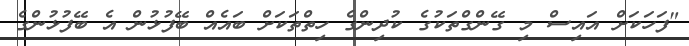
"ފަހަކަށް އައިސް މި ގޭންގްތަކުގެ ކުދިންގެ ހިތްތަކަށް ބައެއް ބޭފުޅުން އެ ބޭފުޅުންގެ